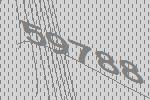
59788